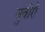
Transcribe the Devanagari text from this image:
सुवीरो